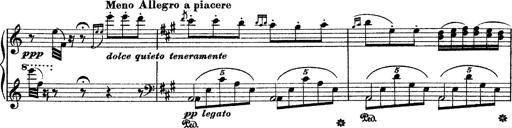
Title: Grande fantasie di bravura sur La clochette
Composer: Franz Liszt
Key: A minor